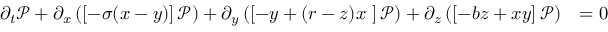
\begin{array} { r l } { \partial _ { t } \mathcal { P } + \partial _ { \mathscr { x } } \left( \left[ - \sigma ( \mathscr { x } - \mathscr { y } ) \right] \mathcal { P } \right) + \partial _ { \mathscr { y } } \left( \left[ - \mathscr { y } + ( r - \mathscr { z } ) \mathscr { x } \ \right] \mathcal { P } \right) + \partial _ { \mathscr { z } } \left( \left[ - b \mathscr { z } + \mathscr { x } \mathscr { y } \right] \mathcal { P } \right) } & { = 0 } \end{array}